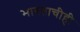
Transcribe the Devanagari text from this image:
भारताचीही